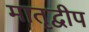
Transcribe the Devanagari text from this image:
मातृद्वीप